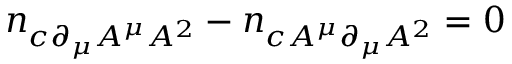
n _ { c \partial _ { \mu } A ^ { \mu } A ^ { 2 } } - n _ { c A ^ { \mu } \partial _ { \mu } A ^ { 2 } } = 0